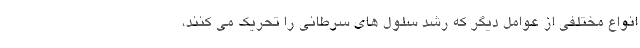
انواع مختلفی از عوامل دیگر که رشد سلول های سرطانی را تحریک می کنند،